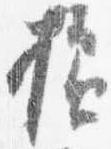
様